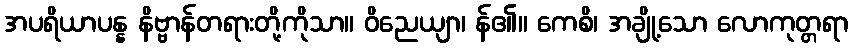
အပရိယာပန္န နိဗ္ဗာန်တရားတို့ကိုသာ။ ဝိညေယျာ၊ န်၏။ ကေစိ၊ အချို့သော လောကုတ္တရာ